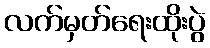
လက်မှတ်ရေးထိုးပွဲ